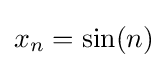
x_{n}=\sin(n)